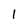
Character: 1